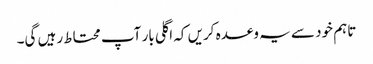
تاہم خود سے یہ وعدہ کریں کہ اگلی بار آپ محتاط رہیں گی۔